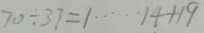
7 0 \div 3 7 = 1 \cdots 1 4 + 1 9